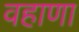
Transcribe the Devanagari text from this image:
वहाणा